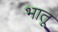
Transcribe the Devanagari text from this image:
भातू